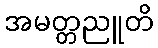
အမတ္တညူတိ